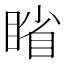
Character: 𪾱